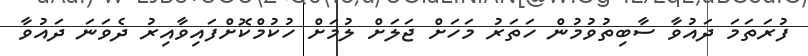
ފުރަތަމަ ދައުވާ ސާބިތުވުމުން ހަތަރު މަހަށް ޖަލަށް ލުމަށް ހުކުމްކޮށްފައިވާއިރު ދެވަނަ ދައުވާ